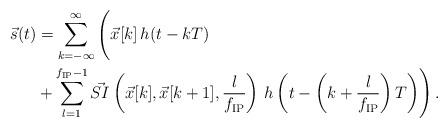
LaTeX: \begin{align*}\vec s (t) &= \sum_{k = -\infty}^{\infty} \left( \vphantom{ \sum_{l = 1}^{f_\mathrm{IP}-1}} \vec x [k] \, h(t - kT) \right. \\&\left. + \sum_{l = 1}^{f_\mathrm{IP}-1} \vec{SI}\left( \vec{x}[k], \vec{x}[k+1], \frac{l}{f_\mathrm{IP}} \right) \, h\left(t - \left(k + \frac{l}{f_\mathrm{IP}} \right) T\right) \right).\end{align*}